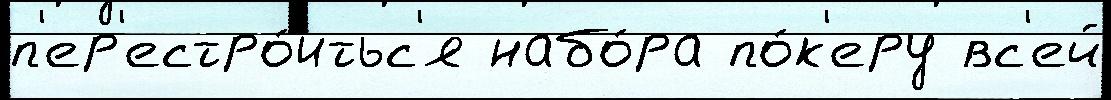
п'ер'естро́итьс'я набо́ра по́к'еру вс'ей